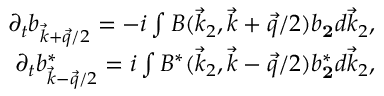
\begin{array} { r } { \partial _ { t } b _ { \vec { k } + \vec { q } / 2 } = - i \int B ( \vec { k } _ { 2 } , \vec { k } + \vec { q } / 2 ) b _ { \mathbf 2 } d \vec { k } _ { 2 } , } \\ { \partial _ { t } b _ { \vec { k } - \vec { q } / 2 } ^ { * } = i \int B ^ { * } ( \vec { k } _ { 2 } , \vec { k } - \vec { q } / 2 ) b _ { \mathbf 2 } ^ { * } d \vec { k } _ { 2 } , } \end{array}